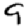
Digit: 9